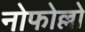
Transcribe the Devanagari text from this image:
नोफोल्लो